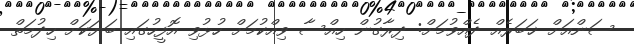
ސަންއަށް ޚަބަރެއް ދެއްވުމަށް: ދިރާގުން ހިއްސާ ވިއްކުމަށް ހުޅުވި އޮފީހުގައި ބަޔަކަށް ހިދުމަތް